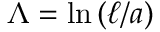
\Lambda = \ln \left( \ell / a \right)